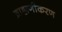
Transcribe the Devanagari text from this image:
ब्राह्मणीकरण